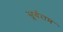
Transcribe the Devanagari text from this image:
सूर्यराम